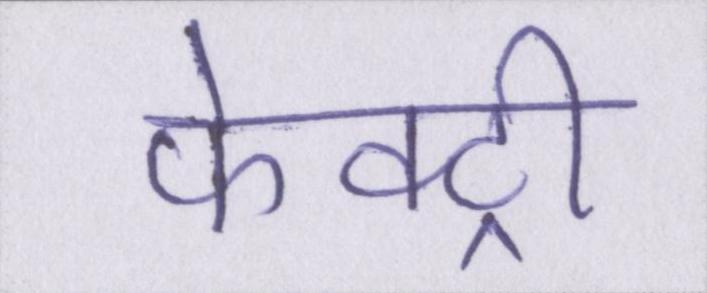
फेक्ट्री